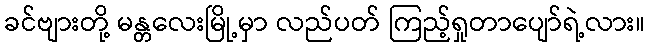
ခင်ဗျားတို့ မန္တလေးမြို့မှာ လည်ပတ် ကြည့်ရှုတာပျော်ရဲ့လား။